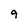
Character: 9